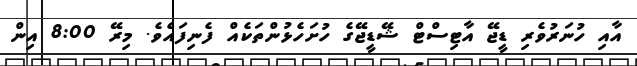
އާއި ހުނަރުވެރި ޑީޖޭ އާޓިސްޓް ޝޭޑީޖޭގެ ހުށަހެޅުންތަކެއް ފެނިފައެވެ. މިރޭ 8:00 އިން